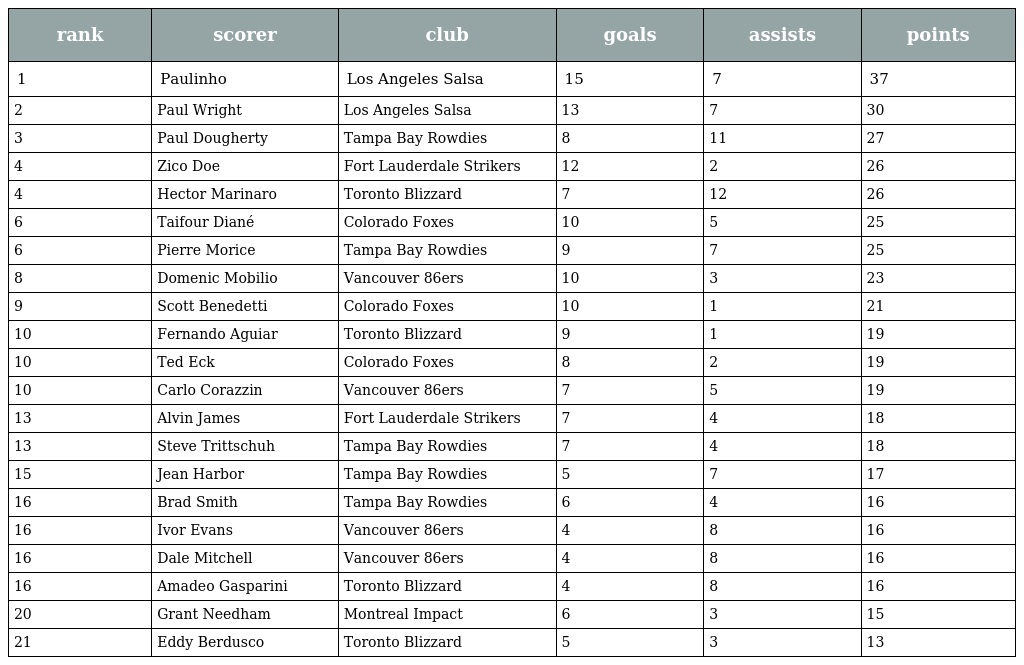
| rank | scorer | club | goals | assists | points |
 | --- | --- | --- | --- | --- | --- |
 | 1 | Paulinho | Los Angeles Salsa | 15 | 7 | 37 |
 | 2 | Paul Wright | Los Angeles Salsa | 13 | 7 | 30 |
 | 3 | Paul Dougherty | Tampa Bay Rowdies | 8 | 11 | 27 |
 | 4 | Zico Doe | Fort Lauderdale Strikers | 12 | 2 | 26 |
 | 4 | Hector Marinaro | Toronto Blizzard | 7 | 12 | 26 |
 | 6 | Taifour Diané | Colorado Foxes | 10 | 5 | 25 |
 | 6 | Pierre Morice | Tampa Bay Rowdies | 9 | 7 | 25 |
 | 8 | Domenic Mobilio | Vancouver 86ers | 10 | 3 | 23 |
 | 9 | Scott Benedetti | Colorado Foxes | 10 | 1 | 21 |
 | 10 | Fernando Aguiar | Toronto Blizzard | 9 | 1 | 19 |
 | 10 | Ted Eck | Colorado Foxes | 8 | 2 | 19 |
 | 10 | Carlo Corazzin | Vancouver 86ers | 7 | 5 | 19 |
 | 13 | Alvin James | Fort Lauderdale Strikers | 7 | 4 | 18 |
 | 13 | Steve Trittschuh | Tampa Bay Rowdies | 7 | 4 | 18 |
 | 15 | Jean Harbor | Tampa Bay Rowdies | 5 | 7 | 17 |
 | 16 | Brad Smith | Tampa Bay Rowdies | 6 | 4 | 16 |
 | 16 | Ivor Evans | Vancouver 86ers | 4 | 8 | 16 |
 | 16 | Dale Mitchell | Vancouver 86ers | 4 | 8 | 16 |
 | 16 | Amadeo Gasparini | Toronto Blizzard | 4 | 8 | 16 |
 | 20 | Grant Needham | Montreal Impact | 6 | 3 | 15 |
 | 21 | Eddy Berdusco | Toronto Blizzard | 5 | 3 | 13 |